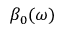
\beta _ { 0 } ( \omega )